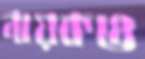
নায়কও